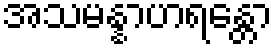
အသမန္နာဟရန္တော